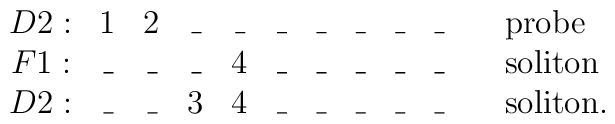
\begin{array}{ccccccccccl}D2: &1&2&\_&\_&\_&\_&\_&\_&\_ &\quad \mbox{probe}    \nonumber \\F1: &\_&\_&\_&4&\_&\_&\_&\_&\_ &\quad \mbox{soliton}     \nonumber \\D2: &\_&\_&3&4&\_&\_&\_&\_&\_ &\quad \mbox{soliton.}\end{array}